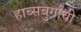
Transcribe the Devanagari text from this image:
हाब्सबुर्गांची